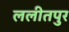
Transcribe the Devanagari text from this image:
ललीतपुर